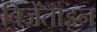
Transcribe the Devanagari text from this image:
बिजेंताइन